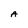
Character: A